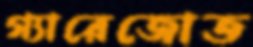
গ্যারেজোত